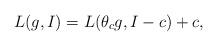
LaTeX: \begin{align*}L(g,I)=L(\theta_c g,I-c)+c,\end{align*}